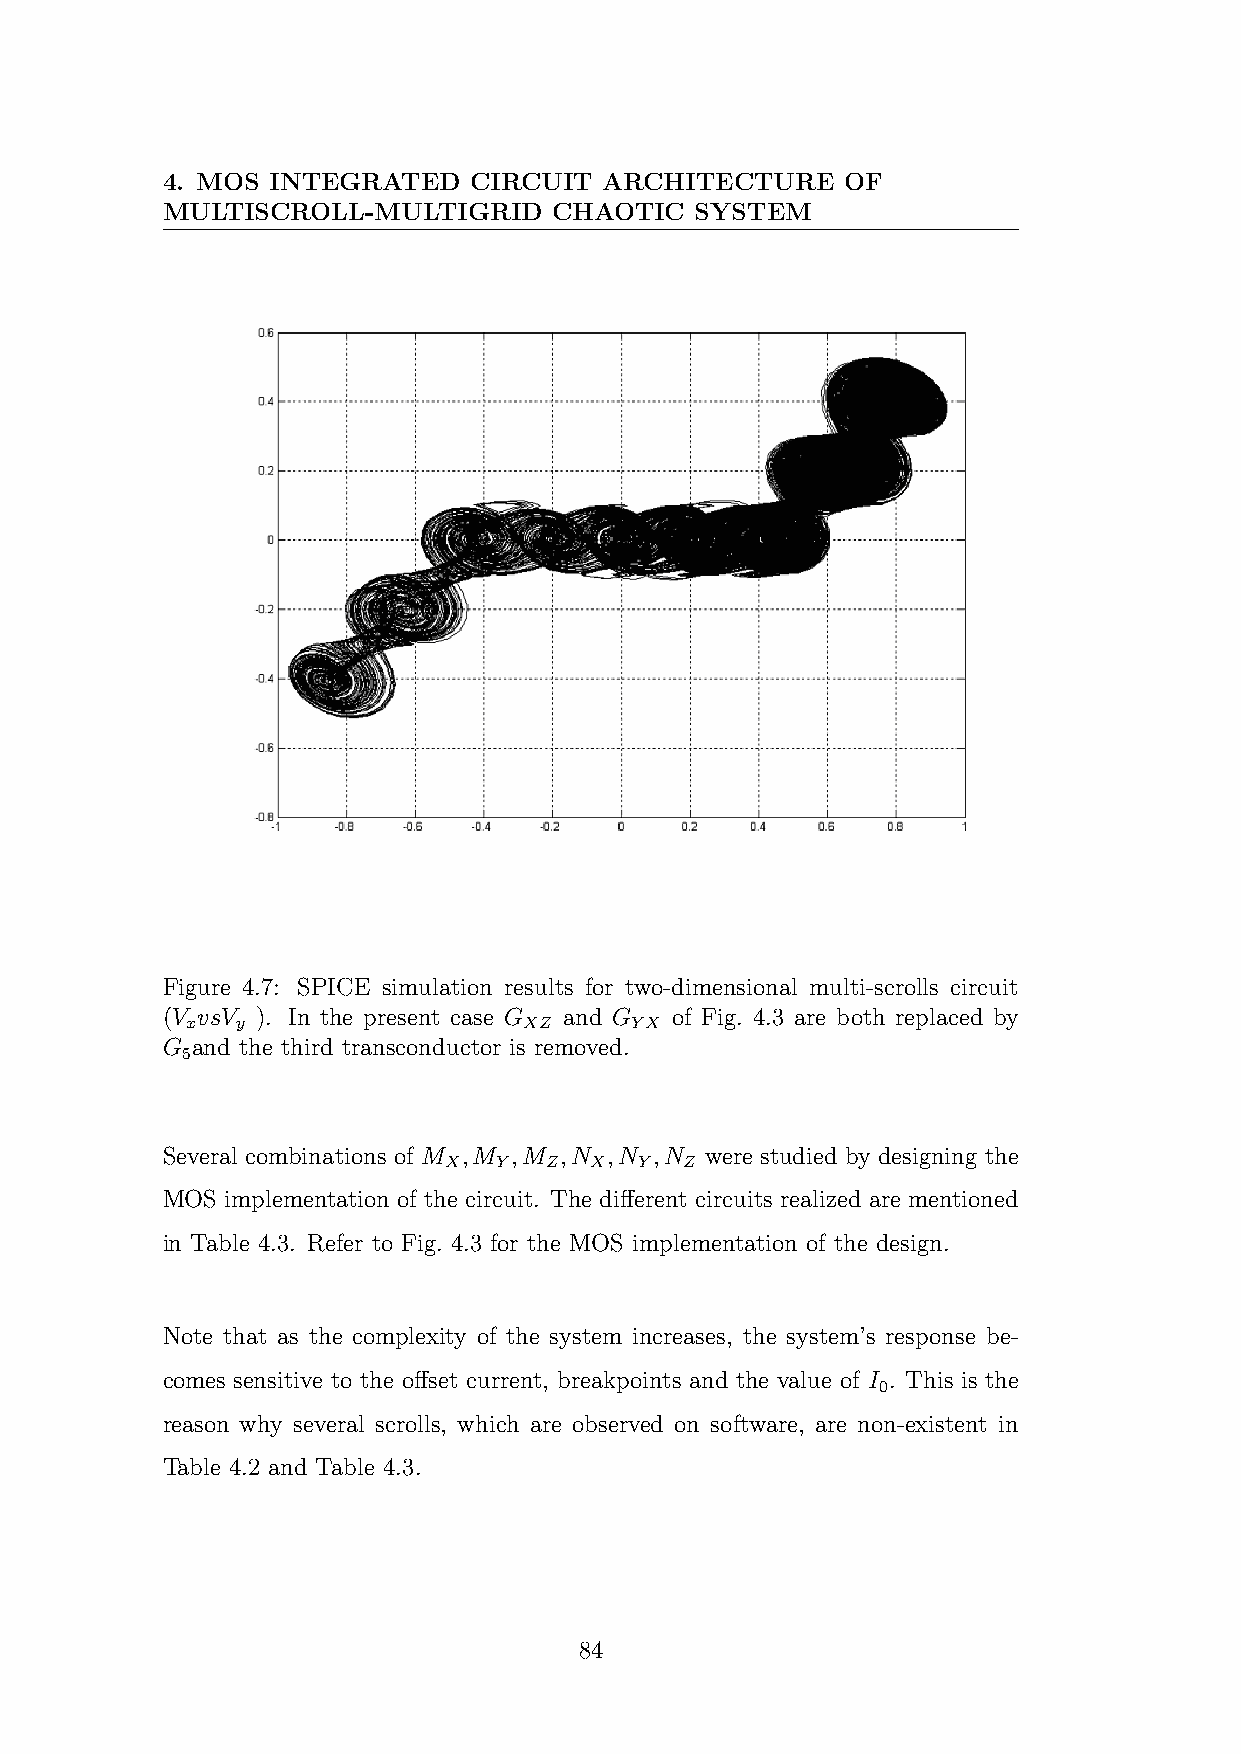
4. MOS INTEGRATED   CIRCUIT  ARCHITECTURE    OF
 MULTISCROLL-MULTIGRID     CHAOTIC  SYSTEM
 Figure 4.7: SPICE simulation results for two-dimensional multi-scrolls circuit
 (V vsV ). In the present case G and G of Fig. 4.3 are both replaced by
 x   y                  XZ     YX
 G and the third transconductor is removed.
 5
 Several combinations of M ,M ,M ,N ,N ,N were studied by designing the
 X   Y  Z  X  Y  Z
 MOS implementation of the circuit. The different circuits realized are mentioned
 in Table 4.3. Refer to Fig. 4.3 for the MOS implementation of the design.
 Note that as the complexity of the system increases, the system’s response be-
 comes sensitive to the offset current, breakpoints and the value of I . This is the
 0
 reason why several scrolls, which are observed on software, are non-existent in
 Table 4.2 and Table 4.3.
 84